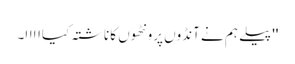
'' پیلے ہم نے آنڈوں پرونٹھوں کا ناشتہ کیااااا۔